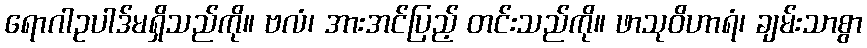
ရောဂါဥပါဒ်မရှိသည်ကို။ ဗလံ၊ အားအင်ပြည့် တင်းသည်ကို။ ဖာသုဝိဟာရံ၊ ချမ်းသာစွာ